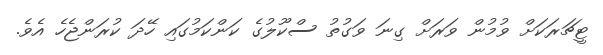
ޓީޗަރަކަށް ވުމުން ވަރަށް ގިނަ ވަގުތު ސްކޫލުގެ ކަންކަމުގައި ހޭދަ ކުރަންޖެހެ އެވެ.